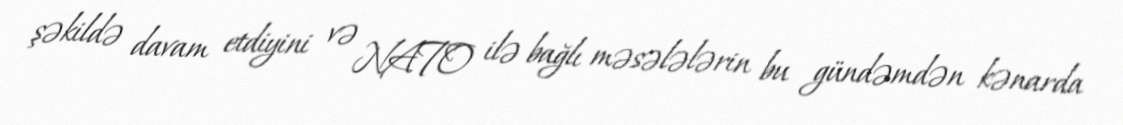
şəkildə davam etdiyini və NATO ilə bağlı məsələlərin bu gündəmdən kənarda